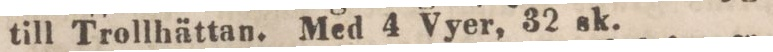
till Trollhättan. Med 4 Vyer, 32 sk.